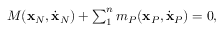
\begin{array} { r } { M ( { \bf x } _ { N } , \dot { \bf x } _ { N } ) + \sum _ { 1 } ^ { n } m _ { P } ( { \bf x } _ { P } , \dot { \bf x } _ { P } ) = 0 , } \end{array}